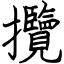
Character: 攬